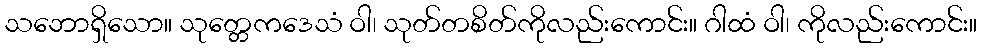
သဘောရှိသော။ သုတ္တေကဒေသံ ဝါ၊ သုတ်တစိတ်ကိုလည်းကောင်း။ ဂါထံ ဝါ၊ ကိုလည်းကောင်း။